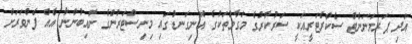
އަދި ޕަރމަނަންޓް ސެކްރެޓަރީއަކީ ސަރުކާރުގެ މަގާމުތަކުގެ އޮނިގަނޑުގައި މިނިސްޓަރުންގެ ނާއިބުންނާ އެއް ފެންވަރަށް